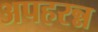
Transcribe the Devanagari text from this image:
अपहरन्न